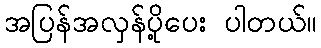
အပြန်အလှန်ပို့ပေး ပါတယ်။